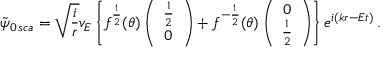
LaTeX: \tilde { \psi } _ { 0 \, s c a } = \sqrt { \frac { i } { r } } v _ { E } \left\{ f ^ { \frac { 1 } { 2 } } ( \theta ) \left( \begin{array} { c } { { \frac { 1 } { 2 } } } \\ { { 0 } } \end{array} \right) + f ^ { - \frac { 1 } { 2 } } ( \theta ) \left( \begin{array} { c } { { 0 } } \\ { { \frac { 1 } { 2 } } } \end{array} \right) \right\} e ^ { i ( k r - E t ) } \, .